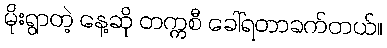
မိုးရွာတဲ့ နေ့ဆို တက္ကစီ ခေါ်ရတာခက်တယ်။